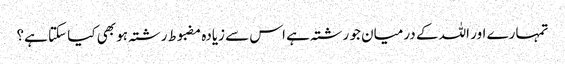
تمہارے اور اللہ کے درمیان جو رشتہ ہے اس سے زیادہ مضبوط رشتہ ہو بھی کیا سکتا ہے؟